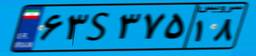
۶۳S۳۷۵۱۸